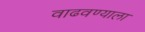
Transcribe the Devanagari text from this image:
वाढवण्याला